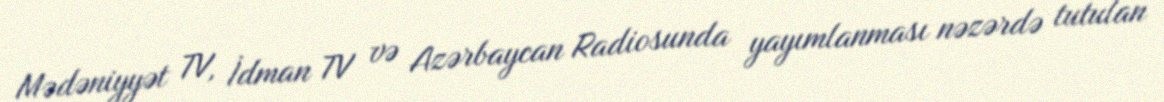
Mədəniyyət TV, İdman TV və Azərbaycan Radiosunda yayımlanması nəzərdə tutulan